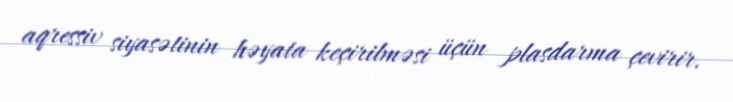
aqressiv siyasətinin həyata keçirilməsi üçün plasdarma çevirir.